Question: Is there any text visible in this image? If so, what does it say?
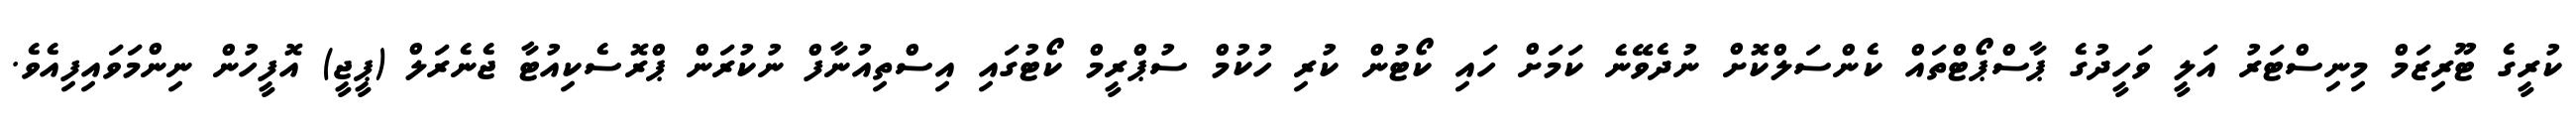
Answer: ކުރީގެ ޓޫރިޒަމް މިނިސްޓަރު އަލީ ވަހީދުގެ ޕާސްޕޯޓްތައް ކެންސަލްކޮށް ނުދެވޭނެ ކަމަށް ހައި ކޯޓުން ކުރި ހުކުމް ސުޕްރީމް ކޯޓުގައި އިސްތިއުނާފް ނުކުރަން ޕްރޮސެކިއުޓާ ޖެނެރަލް (ޕީޖީ) އޮފީހުން ނިންމަވައިފިއެވެ.